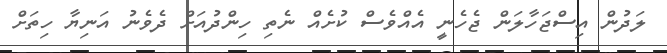
ލަދުން އިސްޖަހާލަން ޖެހެނީ އެއްވެސް ކުށެއް ނެތި ހިންދުއަށް ދެވެނު އަނިޔާ ހިތަށް